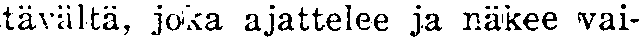
tävältä, joka ajattelee ja näkee vai-